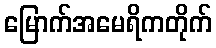
မြောက်အမေရိကတိုက်